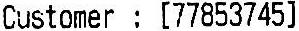
CUSTOMER : [77853745]